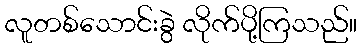
လူတစ်သောင်းခွဲ လိုက်ပို့ကြသည်။